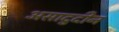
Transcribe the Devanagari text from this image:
असादुदीन